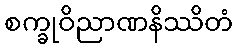
စက္ခုဝိညာဏနိဿိတံ